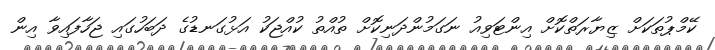
ކޭމްޕުތަކަށް ޒިޔާރަތްކޮށް އިންޓަވިއު ނަގަމުންދަނިކޮށް ތުއްތު ކުއްޖަކު އަޅުގަނޑުގެ ދަބަހުގައި ޖަހާފައިވާ އިން